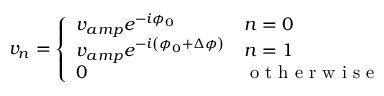
v _ { n } = \left\{ \begin{array} { l l } { v _ { a m p } e ^ { - i \phi _ { 0 } } } & { n = 0 } \\ { v _ { a m p } e ^ { - i \left( \phi _ { 0 } + \Delta \phi \right) } } & { n = 1 } \\ { 0 } & { \mathrm { ~ o ~ t ~ h ~ e ~ r ~ w ~ i ~ s ~ e ~ } } \end{array} \right.